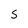
Character: S